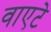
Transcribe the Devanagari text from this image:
वाएटे